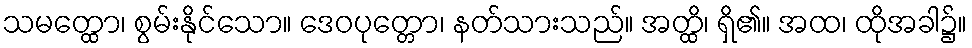
သမတ္ထော၊ စွမ်းနိုင်သော။ ဒေဝပုတ္တော၊ နတ်သားသည်။ အတ္ထိ၊ ရှိ၏။ အထ၊ ထိုအခါ၌။